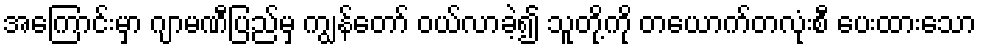
အကြောင်းမှာ ဂျာမဏီပြည်မှ ကျွန်တော် ဝယ်လာခဲ့၍ သူတို့ကို တယောက်တလုံးစီ ပေးထားသော